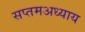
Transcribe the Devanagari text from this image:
सप्तमअध्याय